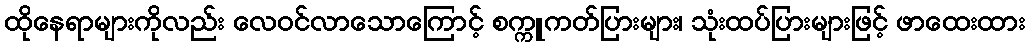
ထိုနေရာများကိုလည်း လေဝင်လာသောကြောင့် စက္ကူကတ်ပြားများ၊ သုံးထပ်ပြားများဖြင့် ဖာထေးထား